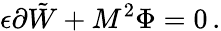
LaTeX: \epsilon\partial\tilde{W}+M^{2}\Phi=0\, .